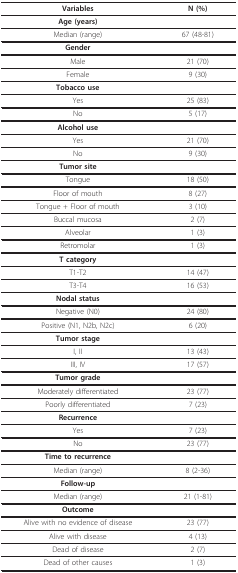
<table><thead><tr><td><b>Variables</b></td><td><b>N (%)</b></td></tr></thead><tbody><tr><td><b>Age (years)</b></td><td></td></tr><tr><td>Median (range)</td><td>67 (48-81)</td></tr><tr><td><b>Gender</b></td><td></td></tr><tr><td>Male</td><td>21 (70)</td></tr><tr><td>Female</td><td>9 (30)</td></tr><tr><td><b>Tobacco use</b></td><td></td></tr><tr><td>Yes</td><td>25 (83)</td></tr><tr><td>No</td><td>5 (17)</td></tr><tr><td><b>Alcohol use</b></td><td></td></tr><tr><td>Yes</td><td>21 (70)</td></tr><tr><td>No</td><td>9 (30)</td></tr><tr><td><b>Tumor site</b></td><td></td></tr><tr><td>Tongue</td><td>18 (50)</td></tr><tr><td>Floor of mouth</td><td>8 (27)</td></tr><tr><td>Tongue + Floor of mouth</td><td>3 (10)</td></tr><tr><td>Buccal mucosa</td><td>2 (7)</td></tr><tr><td>Alveolar</td><td>1 (3)</td></tr><tr><td>Retromolar</td><td>1 (3)</td></tr><tr><td><b>T category</b></td><td></td></tr><tr><td>T1-T2</td><td>14 (47)</td></tr><tr><td>T3-T4</td><td>16 (53)</td></tr><tr><td><b>Nodal status</b></td><td></td></tr><tr><td>Negative (N0)</td><td>24 (80)</td></tr><tr><td>Positive (N1, N2b, N2c)</td><td>6 (20)</td></tr><tr><td><b>Tumor stage</b></td><td></td></tr><tr><td>I, II</td><td>13 (43)</td></tr><tr><td>III, IV</td><td>17 (57)</td></tr><tr><td><b>Tumor grade</b></td><td></td></tr><tr><td>Moderately differentiated</td><td>23 (77)</td></tr><tr><td>Poorly differentiated</td><td>7 (23)</td></tr><tr><td><b>Recurrence</b></td><td></td></tr><tr><td>Yes</td><td>7 (23)</td></tr><tr><td>No</td><td>23 (77)</td></tr><tr><td><b>Time to recurrence</b></td><td></td></tr><tr><td>Median (range)</td><td>8 (2-36)</td></tr><tr><td><b>Follow-up</b></td><td></td></tr><tr><td>Median (range)</td><td>21 (1-81)</td></tr><tr><td><b>Outcome</b></td><td></td></tr><tr><td>Alive with no evidence of disease</td><td>23 (77)</td></tr><tr><td>Alive with disease</td><td>4 (13)</td></tr><tr><td>Dead of disease</td><td>2 (7)</td></tr><tr><td>Dead of other causes</td><td>1 (3)</td></tr></tbody></table>